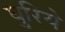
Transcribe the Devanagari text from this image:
घुरिये